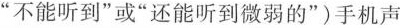
”不能听到”或”还能听到微弱的”)手机声